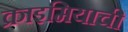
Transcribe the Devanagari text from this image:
क्राइमियाची